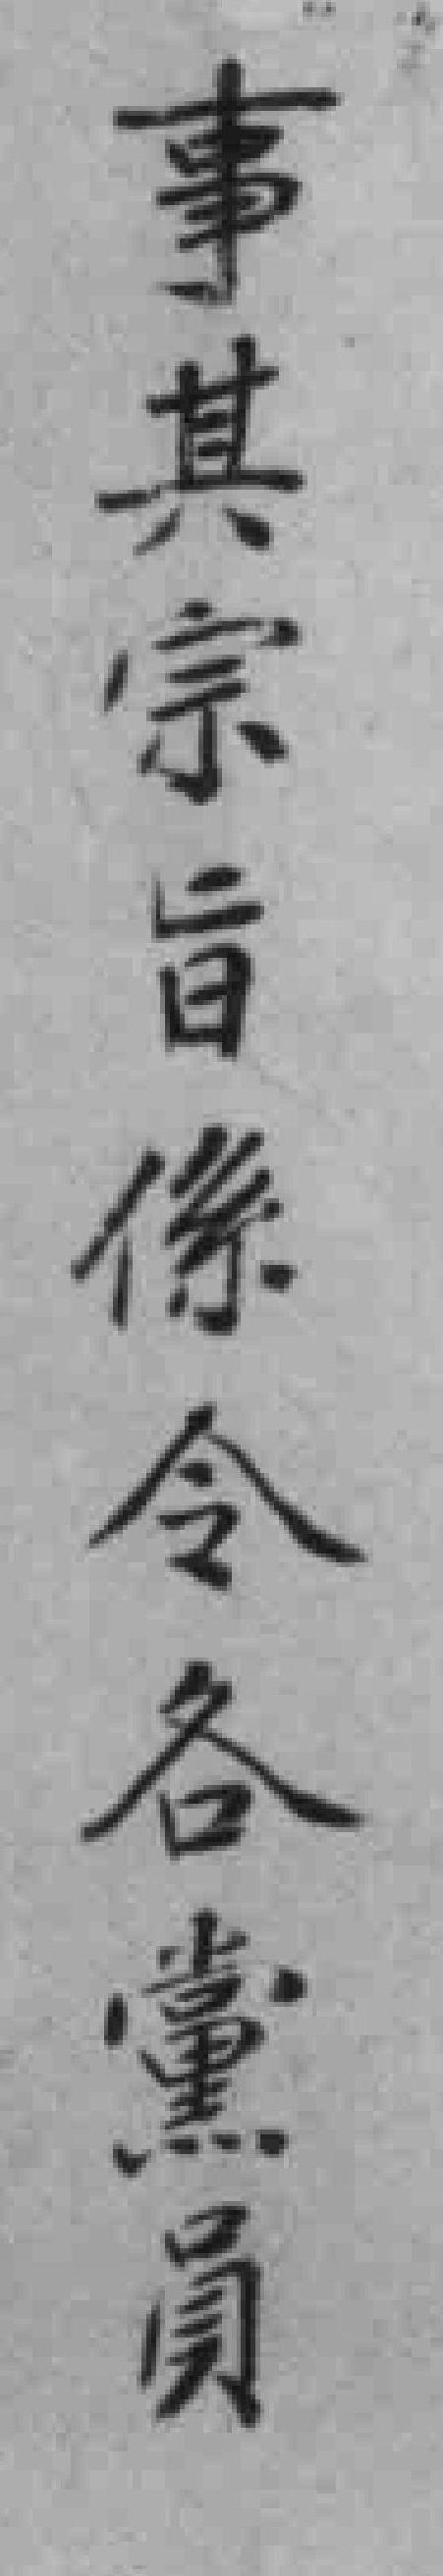
事其宗旨像令各黨員